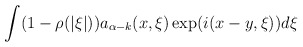
\begin{align*}\int(1-\rho(|\xi|))a_{\alpha-k}(x,\xi)\exp(i(x-y,\xi))d\xi\end{align*}